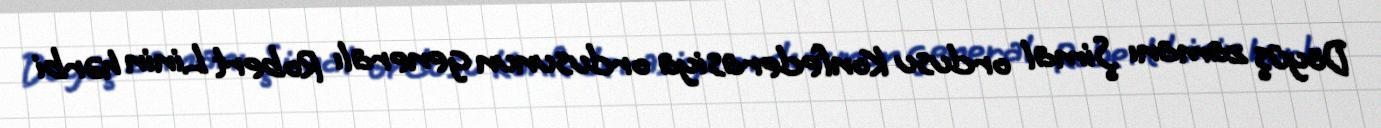
Döyüş zamanı Şimal ordusu Konfederasiya ordusunun generalı Robert Linin hərbi